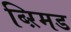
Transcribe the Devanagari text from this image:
ब्ऱिमड